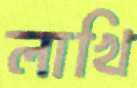
লাখি